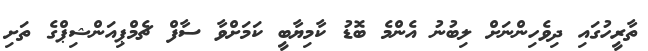
ތާރީހުގައި ދިވެހިންނަށް ލިބުނު އެންމެ ބޮޑު ކާމިޔާބީ ކަމަށްވާ ސާފް ޗެމްޕިއަންޝިޕްގެ ތަށި